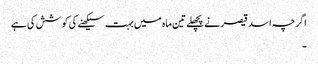
اگرچہ اسد قیصر نے پچھلے تین ماہ میں بہت سیکھنے کی کوشش کی ہے
۔